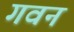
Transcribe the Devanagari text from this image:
गवन